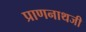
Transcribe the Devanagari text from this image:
प्राणनाथजी